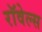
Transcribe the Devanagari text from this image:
रॉवेल्स